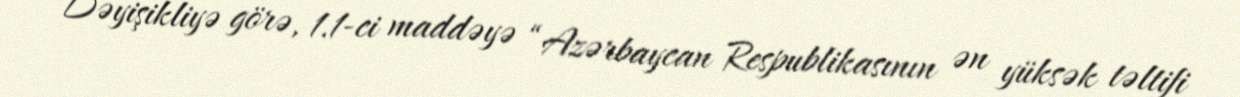
Dəyişikliyə görə, 1.1-ci maddəyə “Azərbaycan Respublikasının ən yüksək təltifi